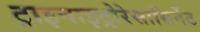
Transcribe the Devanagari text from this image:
ट्राइनाइट्रोरेसासिर्नेट